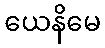
ယေနိမေ